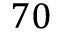
7 0